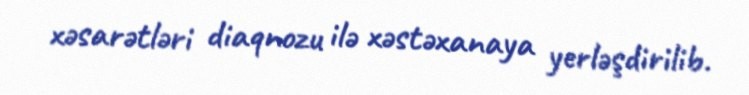
xəsarətləri diaqnozu ilə xəstəxanaya yerləşdirilib.